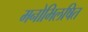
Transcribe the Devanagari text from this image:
मनोभिलषित